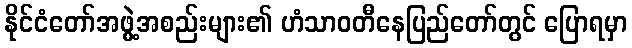
နိုင်ငံတော်အဖွဲ့အစည်းများ၏ ဟံသာဝတီနေပြည်တော်တွင် ပြောရမှာ